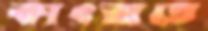
কাৎরাতে